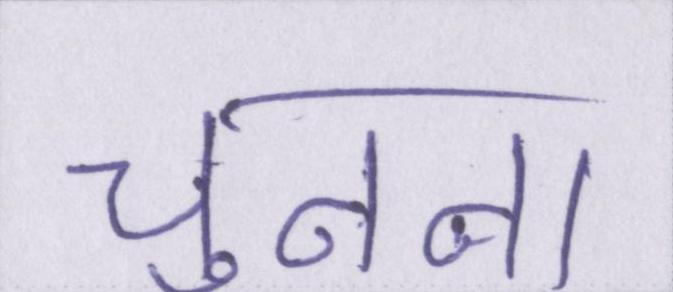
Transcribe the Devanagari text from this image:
चुनना